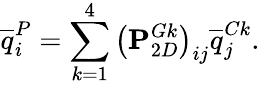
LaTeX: \overline{{q}}_{i}^{P}=\sum_{k=1}^{4}\left(\mathbf{P}_{2D}^{Gk}\right)_{ij}\overline{{q}}_{j}^{Ck}.